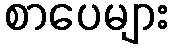
စာပေများ